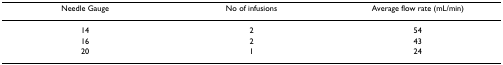
<table><thead><tr><td><b>Needle Gauge</b></td><td><b>No of infusions</b></td><td><b>Average flow rate (mL/min)</b></td></tr></thead><tbody><tr><td>14</td><td>2</td><td>54</td></tr><tr><td>16</td><td>2</td><td>43</td></tr><tr><td>20</td><td>1</td><td>24</td></tr></tbody></table>